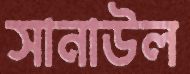
সানাউল